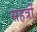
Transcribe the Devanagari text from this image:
सहत्रों